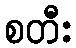
စတီး